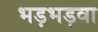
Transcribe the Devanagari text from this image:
भड़भड़वा